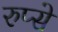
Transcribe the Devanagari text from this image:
रुप्से